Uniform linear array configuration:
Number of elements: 24
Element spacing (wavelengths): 0.75
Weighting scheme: binomial
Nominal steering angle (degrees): -15
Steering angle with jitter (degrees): -15.08
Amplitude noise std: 0.05
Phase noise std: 0.05

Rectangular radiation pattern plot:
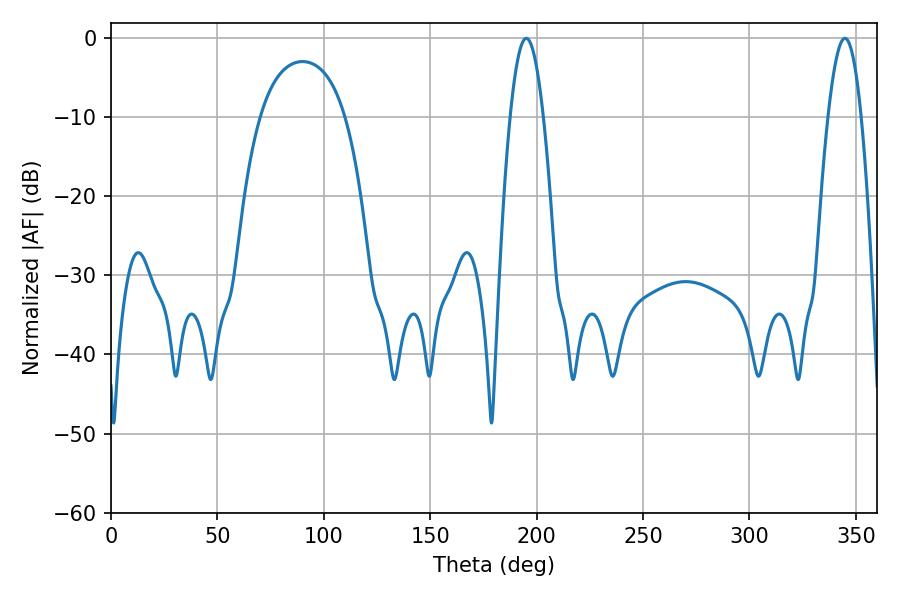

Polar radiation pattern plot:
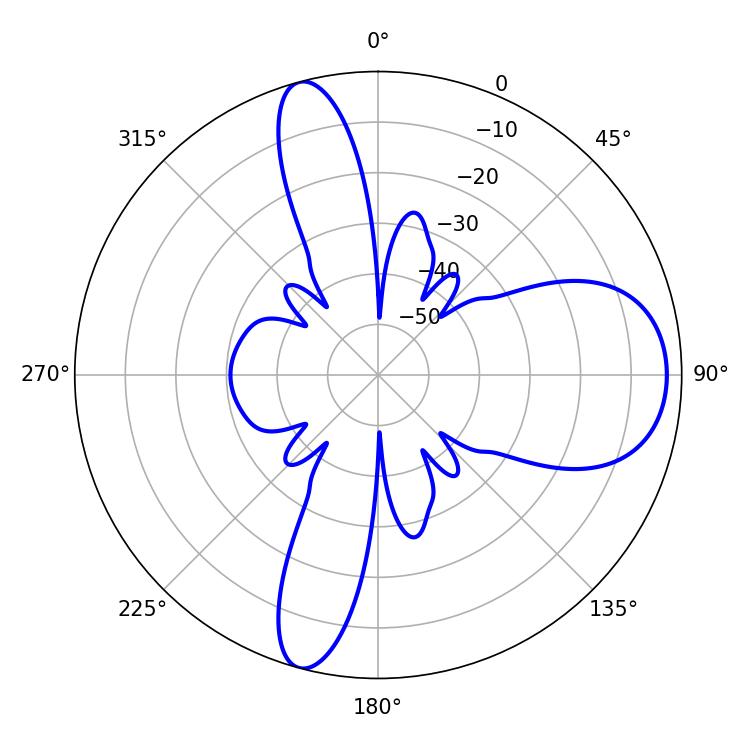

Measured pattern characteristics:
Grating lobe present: TRUE
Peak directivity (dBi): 10.849
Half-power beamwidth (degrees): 8.46
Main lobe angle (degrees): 195.12